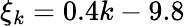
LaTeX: \xi_{k}=0.4k-9.8